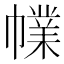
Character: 㡤